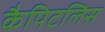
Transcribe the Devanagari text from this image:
कैपिटलिस